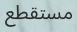
مستقطع